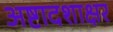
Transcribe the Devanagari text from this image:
अष्टादशाक्षर